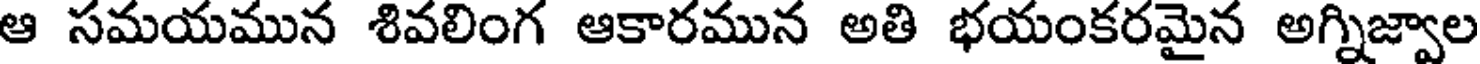
ఆ సమయమున శివలింగ ఆకారమున అతి భయంకరమైన అగ్నిజ్వాల